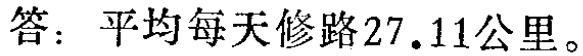
答：平均每天修路\(27.11\)公里。